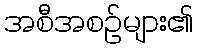
အစီအစဉ်များ၏